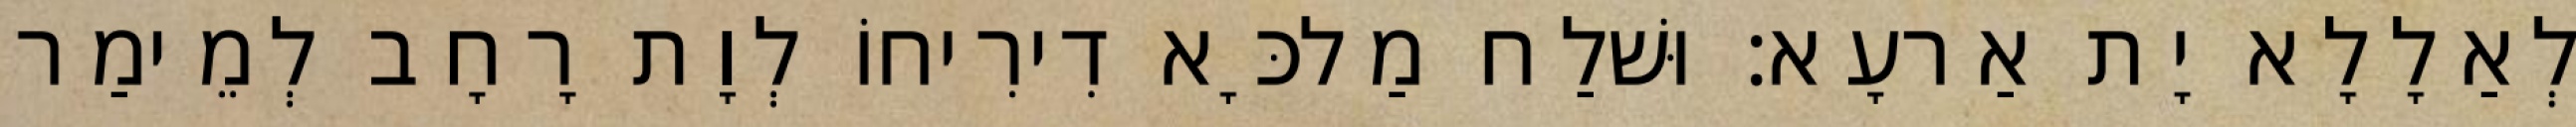
לְאַלָלָא יָת אַרעָא׃ וּשׁלַח מַלכָּא דִירִיחוֹ לְוָת רָחָב לְמֵימַר